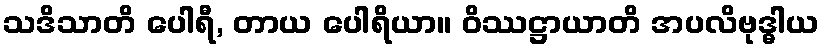
သဒိသာတိ ပေါရီ, တာယ ပေါရိယာ။ ဝိဿဋ္ဌာယာတိ အပလိဗုဒ္ဓါယ